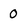
Character: 0